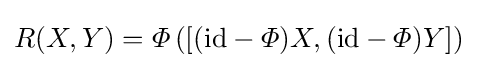
R(X,Y)=\varPhi \left([(\mathrm {id} -\varPhi )X,(\mathrm {id} -\varPhi )Y]\right)